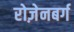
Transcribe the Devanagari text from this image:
रोज़ेनबर्ग